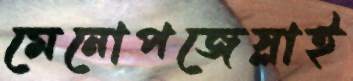
মেনোপজেস্লাই